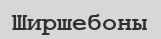
Ширшебоны